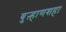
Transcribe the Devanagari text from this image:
बुऱ्हाणशहा